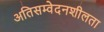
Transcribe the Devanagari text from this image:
अतिसम्वेदनशीलता